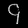
Digit: ၄